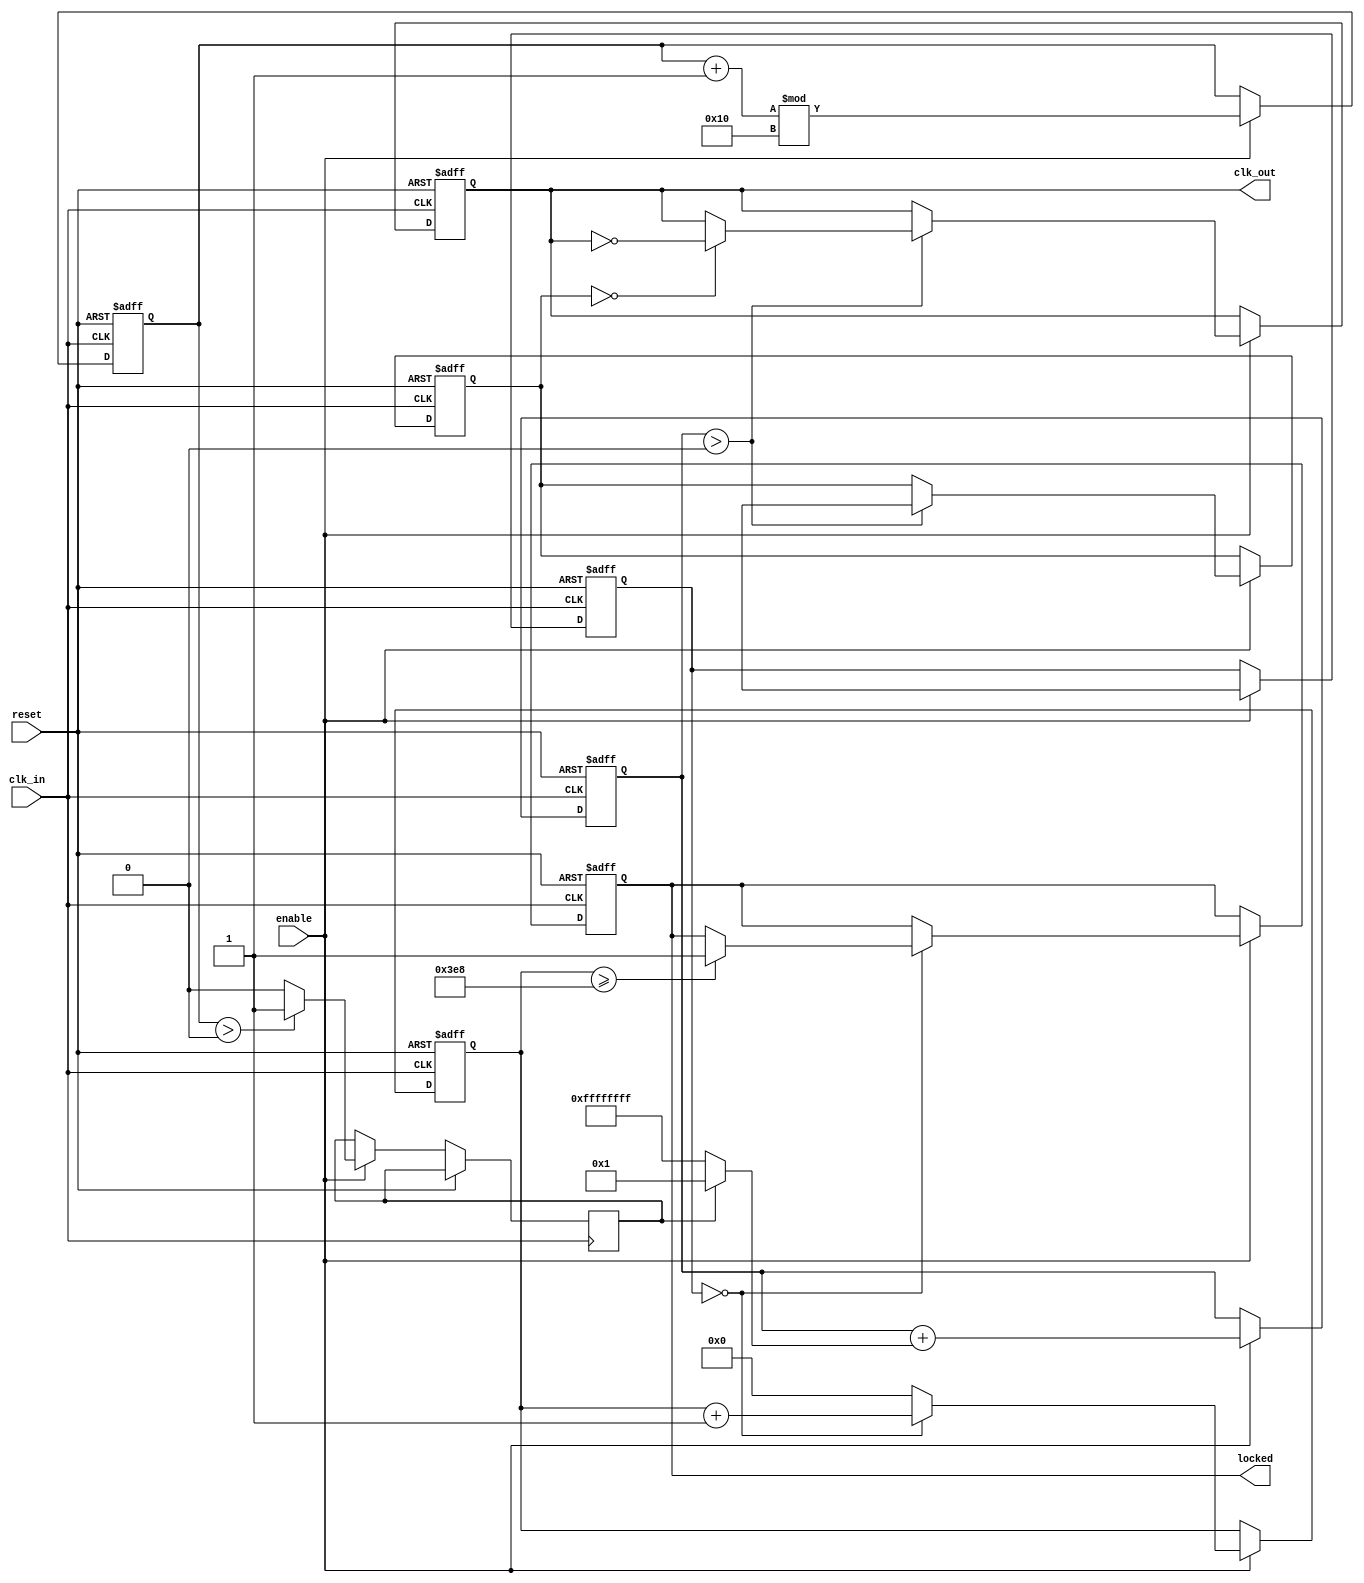
module parameterized_PLL #(
    parameter INPUT_FREQ = 50_000_000, // Input frequency in Hz
    parameter OUTPUT_FREQ = 100_000_000, // Desired output frequency in Hz
    parameter PHASE_OFFSET = 0, // Phase offset in degrees
    parameter LOCK_TIME = 1000, // Lock time in clock cycles
    parameter NUM_STAGES = 4 // Number of stages in the feedback loop
)(
    input wire clk_in, // Input clock signal
    input wire reset, // Asynchronous reset signal
    input wire enable, // Enable signal for PLL operation
    output reg clk_out, // Output clock signal
    output reg locked // Status signal indicating PLL lock
);

    // Internal signals
    reg [31:0] phase_accumulator; // Phase accumulator
    reg [31:0] frequency_divider; // Frequency divider counter
    reg [31:0] loop_filter; // Loop filter output
    reg [31:0] vco_output; // VCO output clock counter
    reg [31:0] lock_counter; // Lock time counter
    reg phase_error; // Phase error signal

    // Calculate the division factor for the output frequency
    localparam DIV_FACTOR = INPUT_FREQ / OUTPUT_FREQ;

    // VCO simulation
    always @(posedge clk_in or posedge reset) begin
        if (reset) begin
            vco_output <= 0;
            clk_out <= 0;
            locked <= 0;
            phase_accumulator <= 0;
            frequency_divider <= 0;
            loop_filter <= 0;
            lock_counter <= 0;
        end else if (enable) begin
            // Phase detection logic
            phase_error <= (phase_accumulator > (PHASE_OFFSET * (1 << NUM_STAGES))) ? 1 : 0;

            // Loop filter logic (simple proportional control)
            loop_filter <= loop_filter + (phase_error ? 1 : -1);

            // VCO output generation
            if (loop_filter > 0) begin
                vco_output <= (vco_output + 1) % DIV_FACTOR;
                if (vco_output == 0) begin
                    clk_out <= ~clk_out; // Toggle output clock
                end
            end

            // Frequency division logic
            frequency_divider <= (frequency_divider + 1) % DIV_FACTOR;

            // Locking mechanism
            if (frequency_divider == 0) begin
                lock_counter <= lock_counter + 1;
                if (lock_counter >= LOCK_TIME) begin
                    locked <= 1; // PLL is locked
                end
            end else begin
                lock_counter <= 0; // Reset lock counter if not locked
            end

            // Update phase accumulator
            phase_accumulator <= (phase_accumulator + 1) % (1 << NUM_STAGES);
        end
    end

endmodule